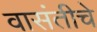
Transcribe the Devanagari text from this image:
वासंतीचे